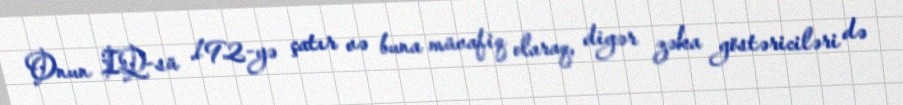
Onun IQ-sü 192-yə çatır və buna müvafiq olaraq, digər zəka göstəriciləri də